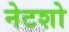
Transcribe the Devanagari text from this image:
नेटशो